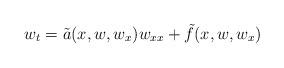
LaTeX: \begin{align*} w_t=\tilde{a}(x,w,w_x)w_{xx}+\tilde{f}(x,w,w_x)\end{align*}